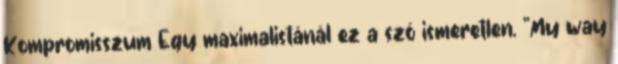
Kompromisszum Egy maximalistánál ez a szó ismeretlen. "My way